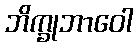
ဘိက္ခုဘာဝေါ